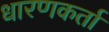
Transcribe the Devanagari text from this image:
धारणकर्ता